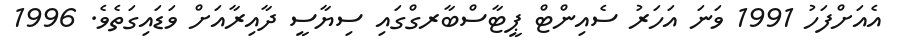
އެއަށްފަހު 1991 ވަނަ އަހަރު ސެއިންޓް ޕީޓާސްބާރގްގައި ސިޔާސީ ދާއިރާއަށް ވަޑައިގަތެވެ. 1996